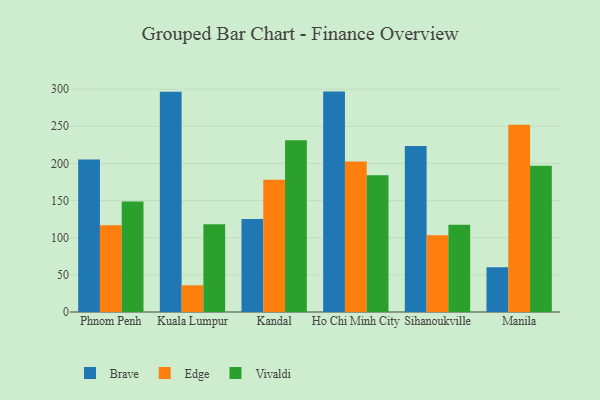
{"axis": {"x": "City", "y": "Satisfaction Score"}, "legend": ["Brave", "Edge", "Vivaldi"], "data": [{"x": "Phnom Penh", "y": 205.3, "type": "Brave"}, {"x": "Phnom Penh", "y": 116.9, "type": "Edge"}, {"x": "Phnom Penh", "y": 148.9, "type": "Vivaldi"}, {"x": "Kuala Lumpur", "y": 296.4, "type": "Brave"}, {"x": "Kuala Lumpur", "y": 35.9, "type": "Edge"}, {"x": "Kuala Lumpur", "y": 118.2, "type": "Vivaldi"}, {"x": "Kandal", "y": 125.3, "type": "Brave"}, {"x": "Kandal", "y": 177.9, "type": "Edge"}, {"x": "Kandal", "y": 231.1, "type": "Vivaldi"}, {"x": "Ho Chi Minh City", "y": 296.7, "type": "Brave"}, {"x": "Ho Chi Minh City", "y": 202.6, "type": "Edge"}, {"x": "Ho Chi Minh City", "y": 184.1, "type": "Vivaldi"}, {"x": "Sihanoukville", "y": 223.4, "type": "Brave"}, {"x": "Sihanoukville", "y": 103.4, "type": "Edge"}, {"x": "Sihanoukville", "y": 117.6, "type": "Vivaldi"}, {"x": "Manila", "y": 60.2, "type": "Brave"}, {"x": "Manila", "y": 252.0, "type": "Edge"}, {"x": "Manila", "y": 196.9, "type": "Vivaldi"}]}